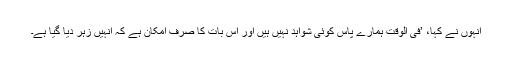
انہوں نے کہا، ’فی الوقت ہمارے پاس کوئی شواہد نہیں ہیں اور اس بات کا صرف امکان ہے کہ انہیں زہر دیا گیا ہے۔